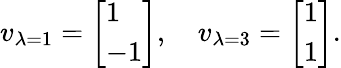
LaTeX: v_{\lambda=1}={\left[\begin{array}{l}{1}\\ {-1}\end{array}\right]},\quad v_{\lambda=3}={\left[\begin{array}{l}{1}\\ {1}\end{array}\right]}.